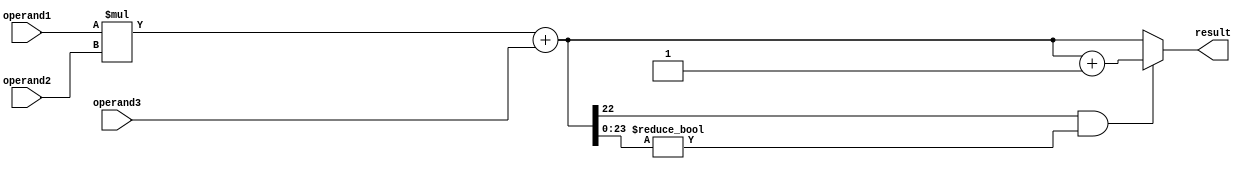
module FMA_unit (
    input [31:0] operand1,
    input [31:0] operand2,
    input [31:0] operand3,
    output reg [31:0] result
);

reg [31:0] product;
reg [31:0] sum;

always @* begin
    product = operand1 * operand2;
    sum = product + operand3;
    
    // Rounding and normalization logic
    if (sum[22] == 1 && sum[23:0] != 0) begin
        sum = sum + 1;
    end
    
    // Error checking and exception handling logic
    if (sum[30:23] == 8'b11111111) begin
        // Handle overflow condition
    end
    
    if (sum[30:23] == 8'b00000000) begin
        // Handle underflow condition
    end
    
end

assign result = sum;

endmodule